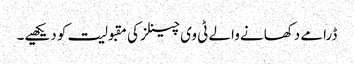
ڈرامے دکھانے والے ٹی وی چینلز کی مقبولیت کو دیکھیے۔